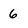
Character: 6